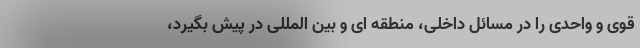
قوی و واحدی را در مسائل داخلی، منطقه ای و بین المللی در پیش بگیرد،